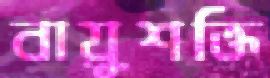
বায়ুশক্তি